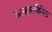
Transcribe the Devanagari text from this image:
कल्हालीतिल